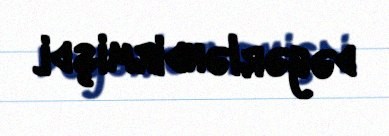
dəyərləndirmişdi.